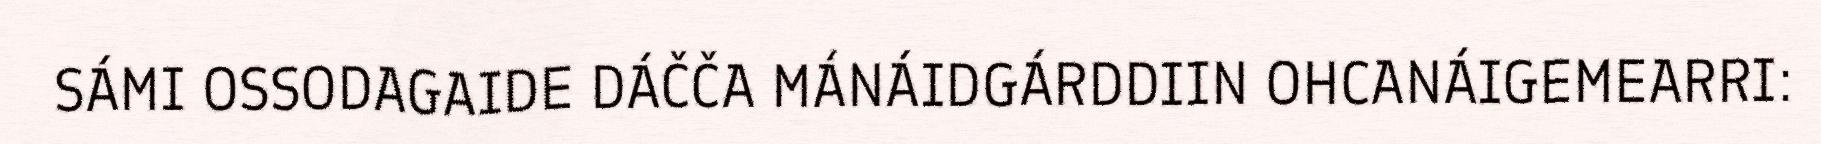
SÁMI OSSODAGAIDE DÁČČA MÁNÁIDGÁRDDIIN OHCANÁIGEMEARRI: